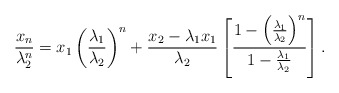
\begin{align*}\frac{x_n}{\lambda_2^n}=x_1\left(\frac{\lambda_1}{\lambda_2}\right)^n+\frac{x_2-\lambda_1x_1}{\lambda_2}\left[\frac{1-\left(\frac{\lambda_1}{\lambda_2}\right)^n}{1-\frac{\lambda_1}{\lambda_2}}\right].\end{align*}